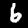
Digit: 6